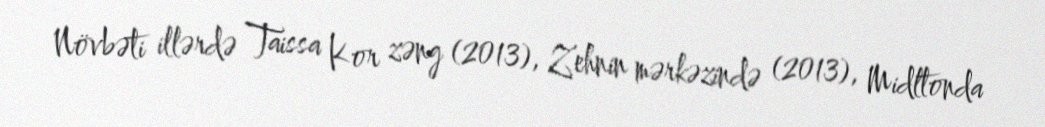
Növbəti illərdə Taissa Kor zəng (2013), Zehnin mərkəzində (2013), Midltonda